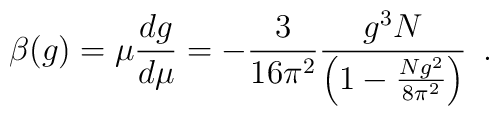
\beta(g) = \mu \frac{d g}{d \mu} =  - \frac{3}{16 \pi^2} \frac{g^3 N}{\left( 1-\frac{N g^2}{8 \pi^2} \right)} \,\,\, .